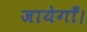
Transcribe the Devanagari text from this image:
जायेगाँ।